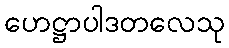
ဟေဋ္ဌာပါဒတလေသု